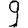
Digit: 9